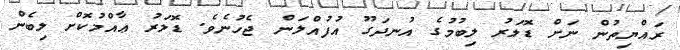
ރައްޔިތުން ނަށް ޑޮލަރު ލިބުމުގެ އުނދަގޫ އުފުއްލަން ޖެހުނެވެ. ޑޮލަރު ޢާއްމުކޮށް ލިބެން